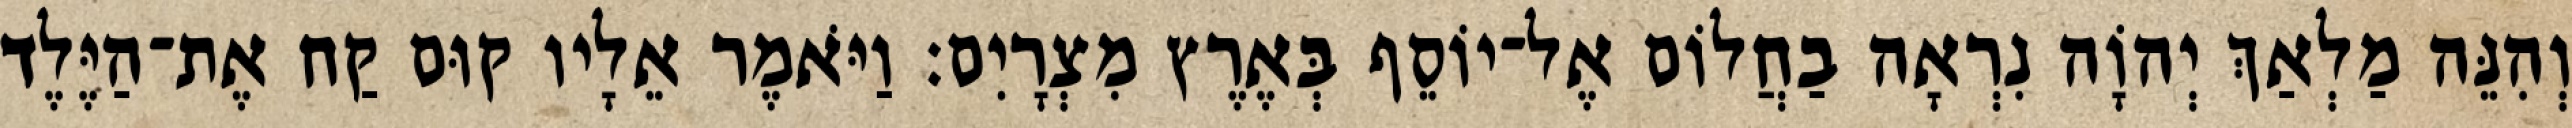
וְהִנֵּה מַלְאַךְ יְהוָֹה נִרְאָה בַחֲלוֹם אֶל־יוֹסֵף בְּאֶרֶץ מִצְרָיִם׃ וַיֹּאמֶר אֵלָיו קוּם קַח אֶת־הַיֶּלֶד